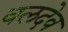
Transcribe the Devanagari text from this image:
वलदेव